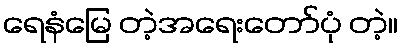
ရေနံမြေ တဲ့အရေးတော်ပုံ တဲ့။